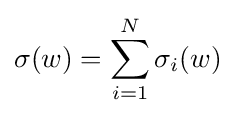
\sigma (w)=\sum _{i=1}^{N}\sigma _{i}(w)